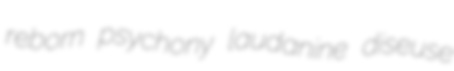
reborn psychony laudanine diseuse